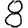
Digit: 8